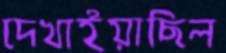
দেখাইয়াছিল